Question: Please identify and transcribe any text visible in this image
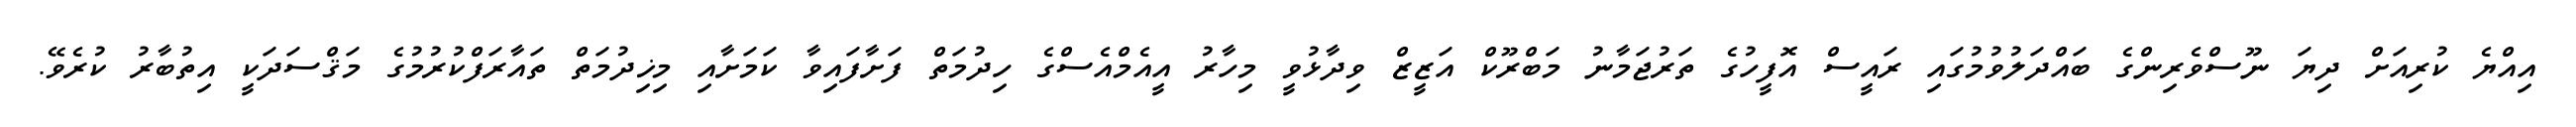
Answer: އިއްޔެ ކުރިއަށް ދިޔަ ނޫސްވެރިންގެ ބައްދަލުވުމުގައި ރައީސް އޮފީހުގެ ތަރުޖަމާނު މަބްރޫކް އަޒީޒް ވިދާޅުވީ މިހާރު އީއެމްއެސްގެ ހިދުމަތް ފަށާފައިވާ ކަމަށާއި މިޚިދުމަތް ތައާރަފްކުރުމުގެ މަޤްސަދަކީ އިތުބާރު ކުރެވޭ.